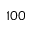
1 0 0